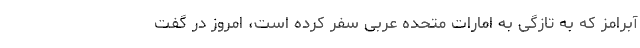
آبرامز که به تازگی به امارات متحده عربی سفر کرده است، امروز در گفت